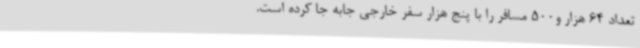
تعداد 64 هزار و500 مسافر را با پنج هزار سفر خارجی جابه جا کرده است.